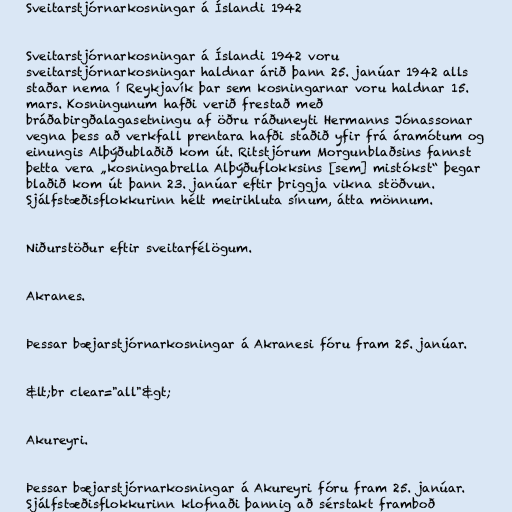
Sveitarstjórnarkosningar á Íslandi 1942

Sveitarstjórnarkosningar á Íslandi 1942 voru
sveitarstjórnarkosningar haldnar árið þann 25. janúar 1942 alls
staðar nema í Reykjavík þar sem kosningarnar voru haldnar 15.
mars. Kosningunum hafði verið frestað með
bráðabirgðalagasetningu af öðru ráðuneyti Hermanns Jónassonar
vegna þess að verkfall prentara hafði staðið yfir frá áramótum og
einungis Alþýðublaðið kom út. Ritstjórum Morgunblaðsins fannst
þetta vera „kosningabrella Alþýðuflokksins [sem] mistókst“ þegar
blaðið kom út þann 23. janúar eftir þriggja vikna stöðvun.
Sjálfstæðisflokkurinn hélt meirihluta sínum, átta mönnum.

Niðurstöður eftir sveitarfélögum.

Akranes.

Þessar bæjarstjórnarkosningar á Akranesi fóru fram 25. janúar.

&lt;br clear="all"&gt;

Akureyri.

Þessar bæjarstjórnarkosningar á Akureyri fóru fram 25. janúar.
Sjálfstæðisflokkurinn klofnaði þannig að sérstakt framboð